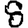
Digit: 8